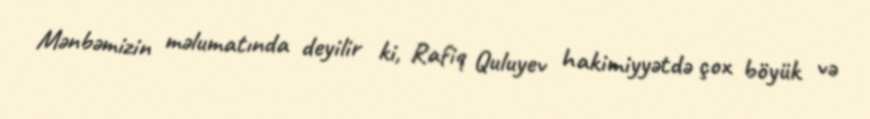
Mənbəmizin məlumatında deyilir ki, Rafiq Quluyev hakimiyyətdə çox böyük və